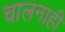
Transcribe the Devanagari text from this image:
चालनाही